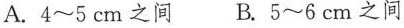
A.4~5cm之间 B.5~6cm之间